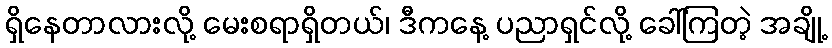
ရှိနေတာလားလို့ မေးစရာရှိတယ်၊ ဒီကနေ့ ပညာရှင်လို့ ခေါ်ကြတဲ့ အချို့